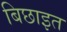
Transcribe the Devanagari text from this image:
बिछाइत